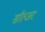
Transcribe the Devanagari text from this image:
साॅल्जर